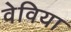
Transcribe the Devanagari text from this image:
वेविया